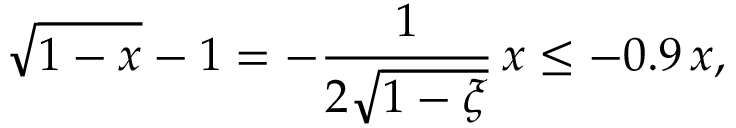
\sqrt { 1 - x } - 1 = - \frac { 1 } { 2 \sqrt { 1 - \xi } } \, x \leq - 0 . 9 \, x ,